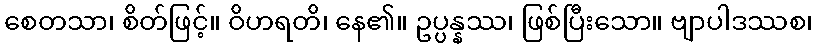
စေတသာ၊ စိတ်ဖြင့်။ ဝိဟရတိ၊ နေ၏။ ဥပ္ပန္နဿ၊ ဖြစ်ပြီးသော။ ဗျာပါဒဿစ၊